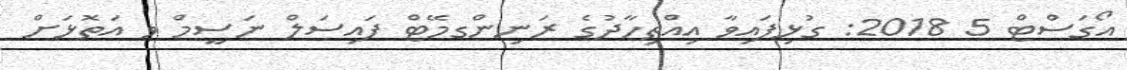
އޯގަސްޓް 5 2018: ގުޅިފައިވާ އިއްތިހާދުގެ ރަނިންގމޭޓް ފައިސަލް ނަސީމް ވ އަތޮޅަށް